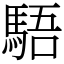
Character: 䮏